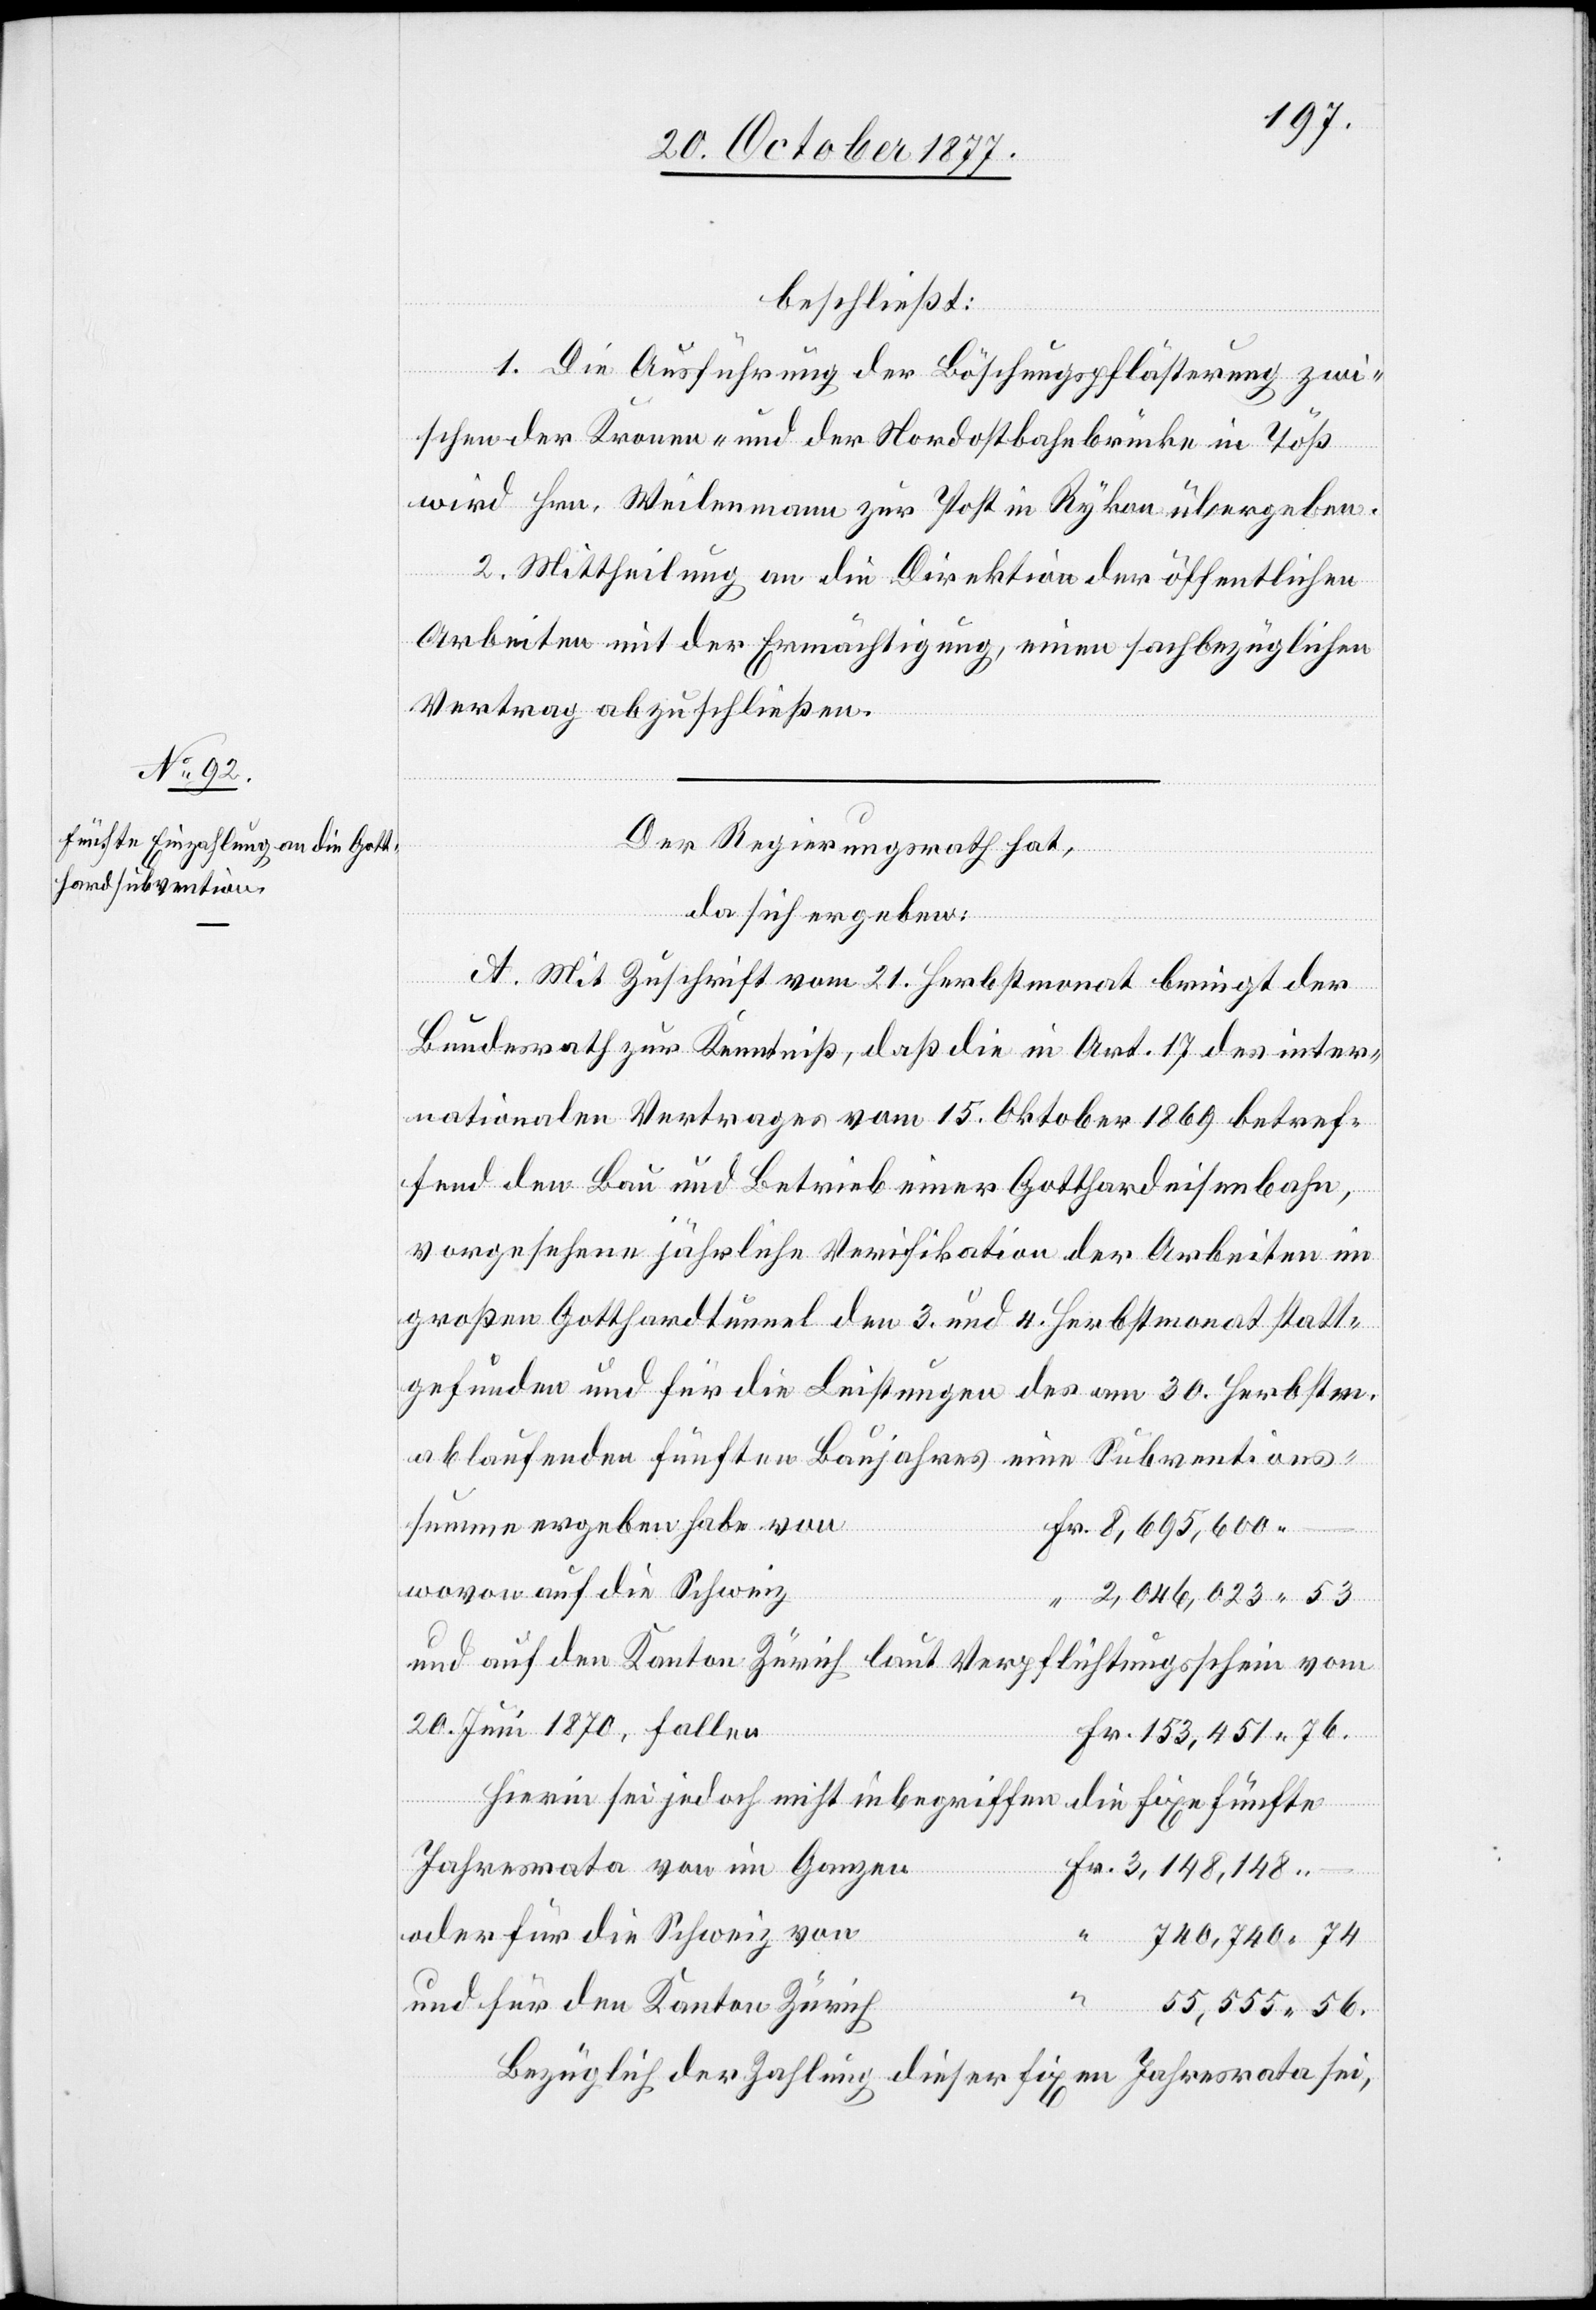
beschließt:
1. Die Ausführung der Böschungspflästerung zwi¬
schen der Kronen- und der Nordostbahnbrücke in Töß
wird Hrn. Weilenmann zur Post in Rykon übergeben.
2. Mittheilung an die Direktion der öffentlichen
Arbeiten mit der Ermächtigung, einen sachbezüglichen
Vertrag abzuschließen.
Der Regierungsrath hat,
da sich ergeben:
A. Mit Zuschrift vom 21. Herbstmonat bringt der
Bundesrath zur Kenntniß, daß die in Art. 17 des inter¬
nationalen Vertrages vom 15. Oktober 1869 betref¬
fend den Bau und Betrieb einer Gotthardeisenbahn,
vorgesehene jährliche Verifikation der Arbeiten im
großen Gotthardtunnel den 3. und 4. Herbstmonat statt¬
gefunden und für die Leistungen des am 30. Herbstm.
summe ergeben habe von
Fr. 8,695,600 –
wovon auf die Schweiz
“ 2,046,023 53
und auf den Kanton Zürich laut Verpflichtungsschein vom
20. Juni 1870, fallen
Fr. 153,451 76.
Hierin sei jedoch nicht inbegriffen die fixe fünfte
ntions¬
Jahresrata von im Ganzen
Fr. 3,148,148 –
oder für die Schweiz von
“ 740,740 74
und für den Kanton Zürich
55,555 56.
Bezüglich der Zahlung dieser fixen Jahresrata sei,